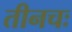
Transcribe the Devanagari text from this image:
तीनचः